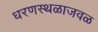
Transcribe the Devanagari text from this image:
धरणस्थळाजवळ